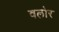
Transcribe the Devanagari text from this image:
वलोर